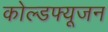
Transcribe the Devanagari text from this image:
कोल्डफ्यूजन